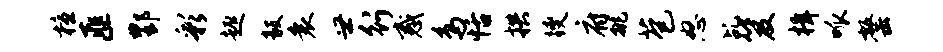
檀匪酆彩趣毅衰世行惑鸟恬拱躞府挑苞怒乩笈楫呱罄